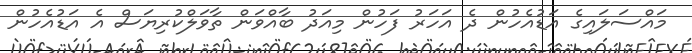
މައްސަލައިގެ އަޑުއެހުން ދެ އަހަރު ފަހުން މިއަދު ބާއްވަން ތާވަލްކުރިޔަސް އެ އަޑުއެހުން